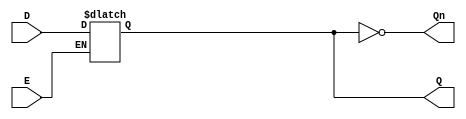
module LatchRegister (
    input wire D,        // Data Input
    input wire E,        // Enable Signal
    output reg Q,        // Output
    output wire Qn       // Complement of Output
);

// Complement of Q
assign Qn = ~Q;

// Always block to model the latch behavior
always @(*) begin
    if (E) begin
        Q = D; // Update Q with D when enable is high
    end
    // If E is low, Q retains its current value (hold state)
end

endmodule